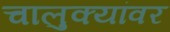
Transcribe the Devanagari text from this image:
चालुक्यांवर